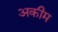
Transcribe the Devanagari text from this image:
अकीम